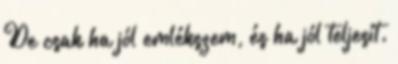
De csak ha jól emlékszem, és ha jól teljesít.